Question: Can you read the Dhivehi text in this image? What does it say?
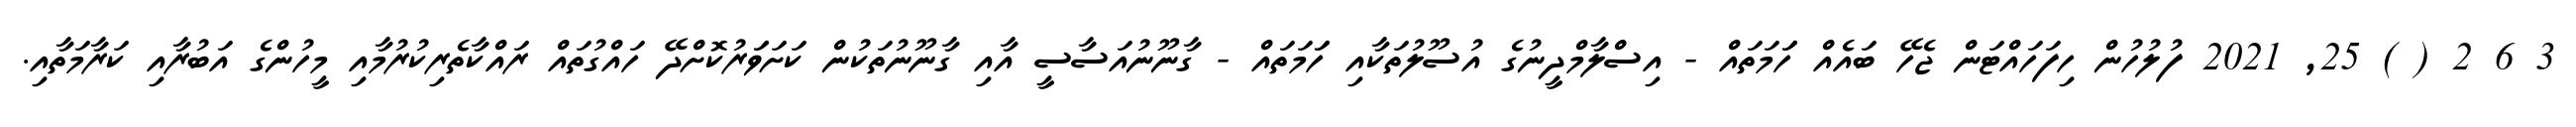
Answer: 3 6 2 ( ) 25, 2021 ފުލުހުން ހިފަހައްޓަން ޖެހޭ ބައެއް ހަަމަތައް - އިސްލާމްދީނުގެ އުސޫލުތަކާއި ހަަމަތައް - ގާނޫނުއަސާސީ އާއި ގާނޫނުތަކުން ކަށަވަަރުކޮށްދޭ ހައްގުތައް ރައްކާތެރިކުރުމާއި މީހުންގެ އަބުރާއި ކަރާމަތާއި.